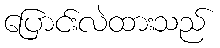
ပြောင်းလဲထားသည်